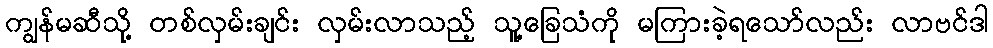
ကျွန်မဆီသို့ တစ်လှမ်းချင်း လှမ်းလာသည့် သူ့ခြေသံကို မကြားခဲ့ရသော်လည်း လာဗင်ဒါ